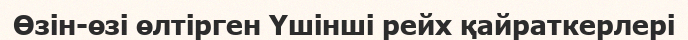
Өзін-өзі өлтірген Үшінші рейх қайраткерлері